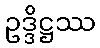
ဥဒ္ဒိဋ္ဌဿ